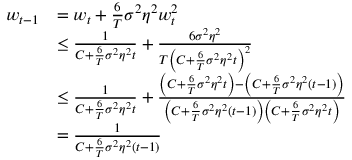
\begin{array} { r l } { w _ { t - 1 } } & { = w _ { t } + \frac { 6 } { T } \sigma ^ { 2 } \eta ^ { 2 } w _ { t } ^ { 2 } } \\ & { \leq \frac { 1 } { C + \frac { 6 } { T } \sigma ^ { 2 } \eta ^ { 2 } t } + \frac { 6 \sigma ^ { 2 } \eta ^ { 2 } } { T \left( C + \frac { 6 } { T } \sigma ^ { 2 } \eta ^ { 2 } t \right) ^ { 2 } } } \\ & { \leq \frac { 1 } { C + \frac { 6 } { T } \sigma ^ { 2 } \eta ^ { 2 } t } + \frac { \left( C + \frac { 6 } { T } \sigma ^ { 2 } \eta ^ { 2 } t \right) - \left( C + \frac { 6 } { T } \sigma ^ { 2 } \eta ^ { 2 } ( t - 1 ) \right) } { \left( C + \frac { 6 } { T } \sigma ^ { 2 } \eta ^ { 2 } \left( t - 1 \right) \right) \left( C + \frac { 6 } { T } \sigma ^ { 2 } \eta ^ { 2 } t \right) } } \\ & { = \frac { 1 } { C + \frac { 6 } { T } \sigma ^ { 2 } \eta ^ { 2 } \left( t - 1 \right) } } \end{array}